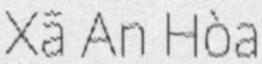
Xã An Hòa